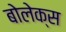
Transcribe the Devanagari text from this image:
बोलेक्स